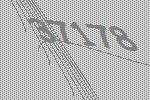
37178